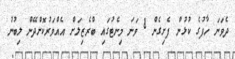
ދެވަނަ ހާފުގެ ކުޅުން ފެށިގެން 8 ވަނަ މިނެޓުގައި ބްރެޒިލަށް އެއްވަރުކޮށްދޭން ލިބުނު